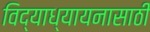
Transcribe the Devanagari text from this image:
विद्याध्यायनासाठी